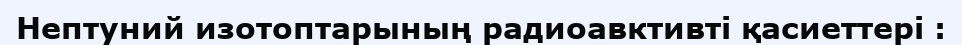
Нептуний изотоптарының радиоавктивті қасиеттері :